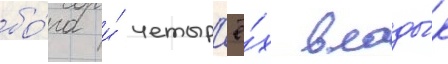
бо́га и́ четыр'ё́х влады́к